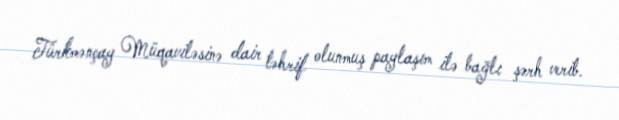
Türkmənçay Müqaviləsinə dair təhrif olunmuş paylaşım ilə bağlı şərh verib.